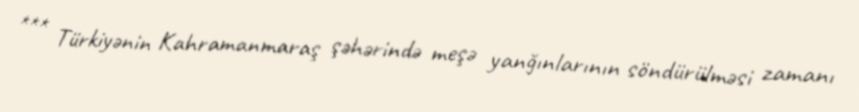
*** Türkiyənin Kahramanmaraş şəhərində meşə yanğınlarının söndürülməsi zamanı